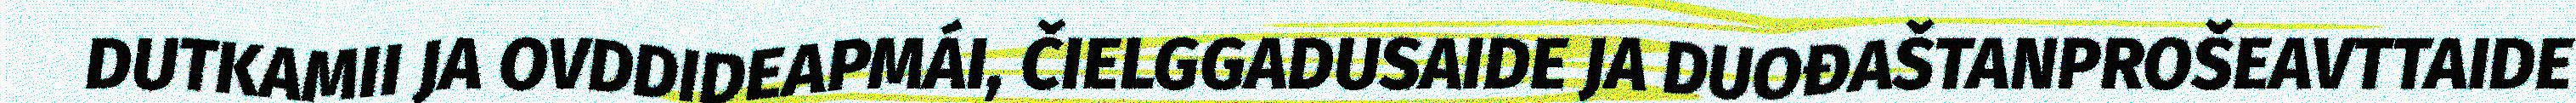
DUTKAMII JA OVDDIDEAPMÁI, ČIELGGADUSAIDE JA DUOĐAŠTANPROŠEAVTTAIDE